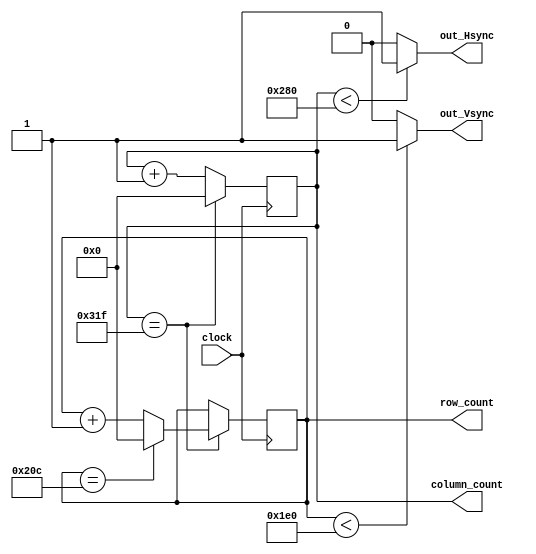
// Purpose of this module: 
// Generate Hsync and Vsync Pulses based on the Active Area
// These values are based on standard VGA parameters
// ex: Hsync==1 && Vsync==1 Active Area
// ex: Hsync==1 && Vsync==0 Vertical Blanking
// ex: Hsync==0 && Vsync==1 Horizontal Blanking
// ex: Hsync==0 && Vsync==0 Both

module VGA_Sync_Pulse_Generator #(
    parameter  // 640*480 Active Area
    TOTAL_COLS = 800, 
    TOTAL_ROWS = 525,
    ACTIVE_COLS = 640,
    ACTIVE_ROWS = 480
    ) (
    input clock, // 25 MHz clock

    output out_Hsync,
    output out_Vsync,
    output reg [9:0] column_count = 0,
    output reg [9:0] row_count = 0
    );

    // Iterate through row by row, each row from left to right
    always @(posedge clock) begin
        if (column_count == TOTAL_COLS-1) begin
            column_count <= 0;
            row_count <= (row_count == TOTAL_ROWS-1) ? 0 : row_count + 1;
        end else begin
            column_count <= column_count + 1;
        end
    end

   // Sync signals determine the active and inactive areas 
    assign out_Hsync = (column_count < ACTIVE_COLS) ? 1 : 0;
    assign out_Vsync = (row_count < ACTIVE_ROWS) ? 1 : 0;

endmodule